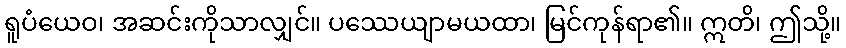
ရူပံယေဝ၊ အဆင်းကိုသာလျှင်။ ပဿေယျာမယထာ၊ မြင်ကုန်ရာ၏။ ဣတိ၊ ဤသို့။